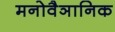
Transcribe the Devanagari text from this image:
मनोवैञानिक